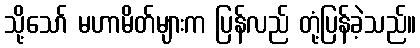
သို့သော် မဟာမိတ်များက ပြန်လည် တုံ့ပြန်ခဲ့သည်။